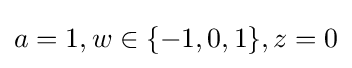
a=1,w\in \{-1,0,1\},z=0